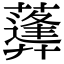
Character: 𦿪